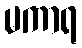
မကာရ